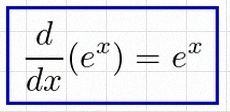
\frac{d}{dx}(e^x)=e^x